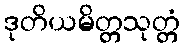
ဒုတိယမိတ္တသုတ္တံ